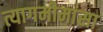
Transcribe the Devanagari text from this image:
त्यागमीमांसा